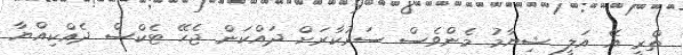
ތްރީ އޭ އަލީ ޝިޔާމު މެންވެސް ސަރުކާރަށް ދައްކަން ޖެހޭ ޓެކްސް ދެއްކިއްޔާ